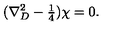
( \nabla _ { D } ^ { 2 } - { \textstyle \frac { 1 } { 4 } } ) \chi = 0 .